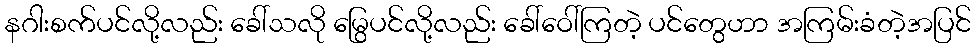
နဂါးစက်ပင်လို့လည်း ခေါ်သလို မြွေပင်လို့လည်း ခေါ်ဝေါ်ကြတဲ့ ပင်တွေဟာ အကြမ်းခံတဲ့အပြင်